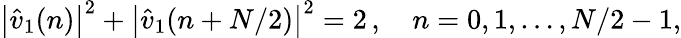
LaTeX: \left|\hat{v}_{1}(n)\right|^{2}+\left|\hat{v}_{1}(n+N/2)\right|^{2}=2\, ,\quad n=0,1,\dots,N/2-1,